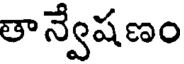
తాన్వేషణం